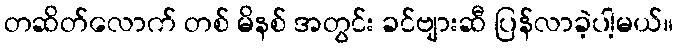
တဆိတ်လောက် တစ် မိနစ် အတွင်း ခင်ဗျားဆီ ပြန်လာခဲ့ပါ့မယ်။